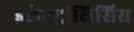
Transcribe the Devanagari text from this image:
इलेक्ट्रॉलिसिस